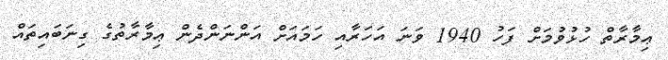
ޢިމާރާތް ހުޅުވުމަށް ފަހު 1940 ވަނަ އަހަރާއި ހަމައަށް އަންނަންދެން ޢިމާރާތުގެ ގިނަބައިތައް